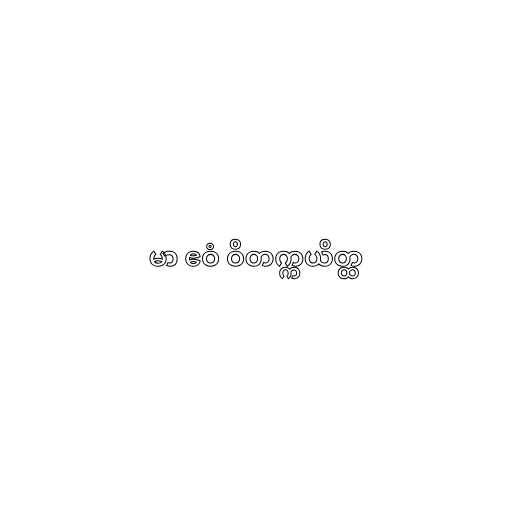
မာ ဧဝံ ဝိတက္ကယိတ္ထ